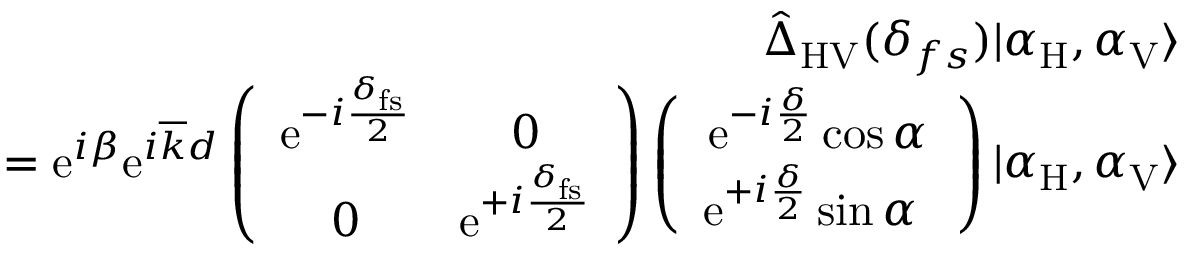
\begin{array} { r l r } & { } & { \hat { \Delta } _ { \mathrm { H V } } ( \delta _ { f s } ) | \alpha _ { \mathrm { H } } , \alpha _ { \mathrm { V } } \rangle } \\ & { } & { = \mathrm { e } ^ { i \beta } \mathrm { e } ^ { i \overline { { k } } d } \left( \begin{array} { c c } { \mathrm { e } ^ { - i \frac { \delta _ { \mathrm { f s } } } { 2 } } } & { 0 } \\ { 0 } & { \mathrm { e } ^ { + i \frac { \delta _ { \mathrm { f s } } } { 2 } } } \end{array} \right) \left( \begin{array} { c } { \mathrm { e } ^ { - i \frac { \delta } { 2 } } \cos \alpha } \\ { \mathrm { e } ^ { + i \frac { \delta } { 2 } } \sin \alpha \ } \end{array} \right) | \alpha _ { \mathrm { H } } , \alpha _ { \mathrm { V } } \rangle } \end{array}